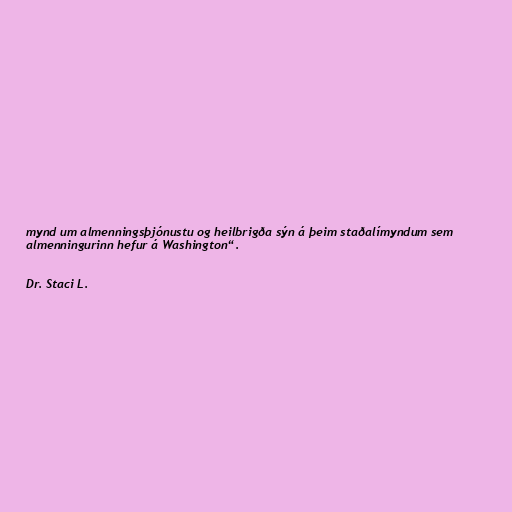
mynd um almenningsþjónustu og heilbrigða sýn á þeim staðalímyndum sem
almenningurinn hefur á Washington“.

Dr. Staci L.